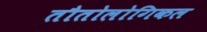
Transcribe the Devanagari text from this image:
तौतोलोगिकल